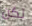
لكن